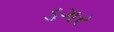
ડગર